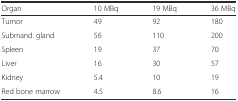
<table><thead><tr><td><b>Organ</b></td><td><b>10 MBq</b></td><td><b>19 MBq</b></td><td><b>36 MBq</b></td></tr></thead><tbody><tr><td>Tumor</td><td>49</td><td>92</td><td>180</td></tr><tr><td>Submand. gland</td><td>56</td><td>110</td><td>200</td></tr><tr><td>Spleen</td><td>19</td><td>37</td><td>70</td></tr><tr><td>Liver</td><td>16</td><td>30</td><td>57</td></tr><tr><td>Kidney</td><td>5.4</td><td>10</td><td>19</td></tr><tr><td>Red bone marrow</td><td>4.5</td><td>8.6</td><td>16</td></tr></tbody></table>